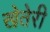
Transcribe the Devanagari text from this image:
खेतेरी